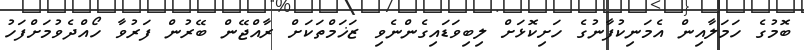
ބޮމުގެ ހަމަލާއިން އެމަނިކުފާނުގެ ހަށިކޮޅަށް ލިބިވަޑައިގެންނެވި ޒަޚަމްތަކަށް ރާއްޖޭން ބޭރުން ފަރުވާ ހޯއްދެވުމަށްފަހު